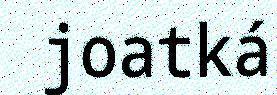
joatká